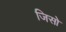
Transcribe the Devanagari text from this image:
जिसो